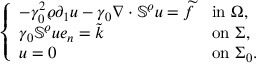
\left\{ \begin{array} { l l } { - \gamma _ { 0 } ^ { 2 } \varrho \partial _ { 1 } u - \gamma _ { 0 } \nabla \cdot \mathbb { S } ^ { \varrho } u = \widetilde { f } } & { \mathrm { i n ~ } \Omega , } \\ { \gamma _ { 0 } \mathbb { S } ^ { \varrho } u e _ { n } = \widetilde { k } } & { \mathrm { o n ~ } \Sigma , } \\ { u = 0 } & { \mathrm { o n ~ } \Sigma _ { 0 } . } \end{array} \right.